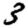
Digit: 3